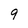
Character: 9